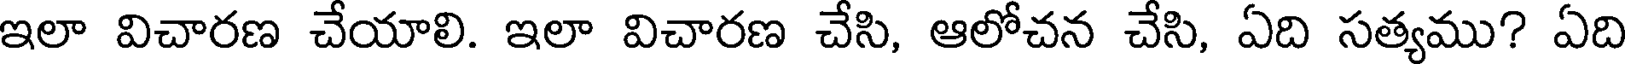
ఇలా విచారణ చేయాలి. ఇలా విచారణ చేసి, ఆలోచన చేసి, ఏది సత్యము? ఏది